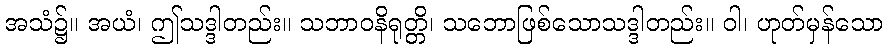
အသံ၌။ အယံ၊ ဤသဒ္ဒါတည်း။ သဘာဝနိရုတ္တိ၊ သဘောဖြစ်သောသဒ္ဒါတည်း။ ဝါ၊ ဟုတ်မှန်သော